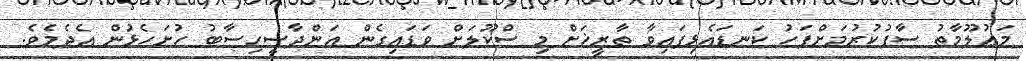
މަޢުލޫމާތު ސާފުކުރުމަށްފަހު ކަނޑައެޅިފައިވާ ތާރީޚަށް މި ސްކޫލަށް ވަޑައިގެން އަންދާސީހިސާބު ހުށަހެޅުން އެދެމެވެ.